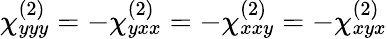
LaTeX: \chi_{yyy}^{(2)}=-\chi_{yxx}^{(2)}=-\chi_{xxy}^{(2)}=-\chi_{xyx}^{(2)}